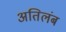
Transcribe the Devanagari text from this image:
अतिलंब